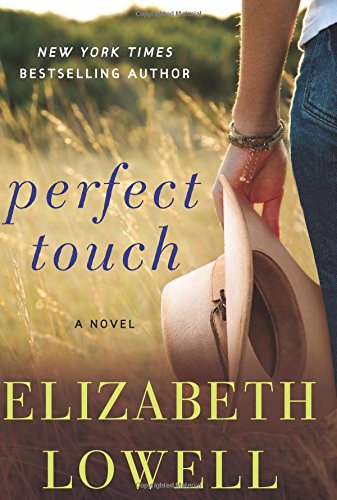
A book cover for Perfect Touch: A Novel; Elizabeth Lowell; Romance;